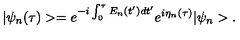
| \psi _ { n } ( \tau ) > = e ^ { - i \int _ { 0 } ^ { \tau } E _ { n } ( t ^ { \prime } ) d t ^ { \prime } } e ^ { i \eta _ { n } ( \tau ) } | \psi _ { n } > .